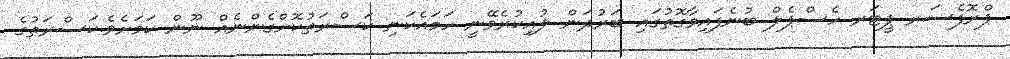
ޕްރޮފެސަރ ޕީޓަރ ހެސްޕެލް ބުނެފައިވާގޮތުގައި ބަރުދަން ލުއިކުރެވޭނީ ހަމައެކަނި ކަސްރަތުކޮށްގެންނެއް ނޫން ކަމަށެވެ.ކަސްރަތުގެ